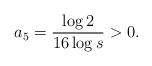
LaTeX: \begin{align*}a_5 = \frac{\log 2}{16 \log s} > 0. \end{align*}